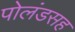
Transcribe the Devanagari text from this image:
पोलंडसह